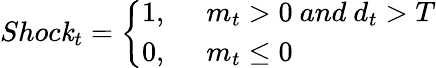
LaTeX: Shoc\mathit{k}_{t}=\left\{ \begin{array}{ll}{1,}&{~~m_{t}>0~and~d_{t}>T}\\ {0,}&{~~m_{t}\le 0}\end{array}\right.